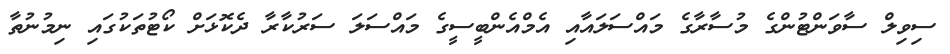
ސިވިލް ސާވަންޓުންގެ މުސާރާގެ މައްސަލައާއި އެމްއެންބީސީގެ މައްސަލަ ސަރުކާރާ ދެކޮޅަށް ކޯޓުތަކުގައި ނިމުނުތާ